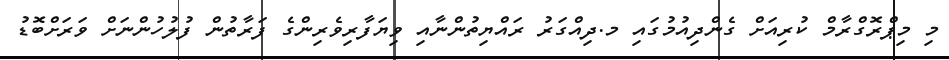
މި މިޕްރޮގްރާމް ކުރިއަށް ގެންދިއުމުގައި މ.ދިއްގަރު ރައްޔިތުންނާއި ވިޔަފާރިވެރިންގެ ފަރާތުން ފުލުހުންނަށް ވަރަށްބޮޑު